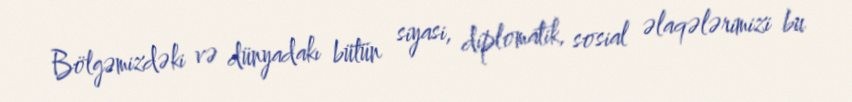
Bölgəmizdəki və dünyadakı bütün siyasi, diplomatik, sosial əlaqələrimizi bu